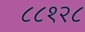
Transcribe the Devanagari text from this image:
८८१२८